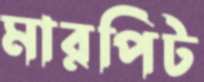
মারপিট